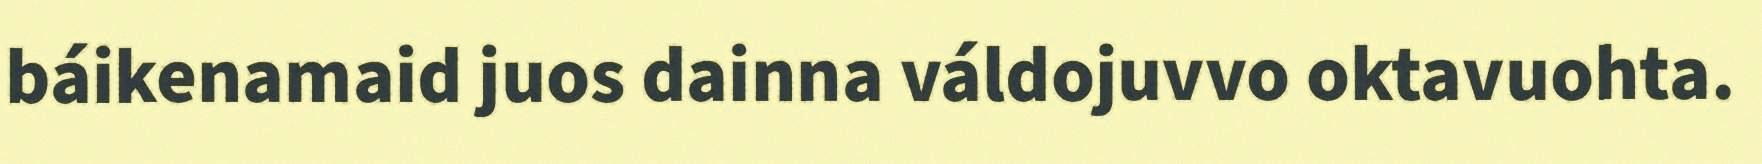
báikenamaid juos dainna váldojuvvo oktavuohta.